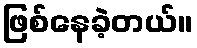
ဖြစ်နေခဲ့တယ်။